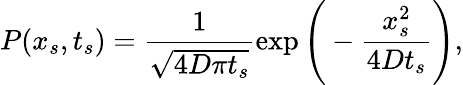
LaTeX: P(x_{s},t_{s})=\frac{1}{\sqrt{4D\pi t_{s}}}\exp\Bigg(-\frac{x_{s}^{2}}{4Dt_{s}}\Bigg),